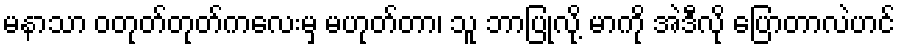
မနာသာ ဝတုတ်တုတ်ကလေးမှ မဟုတ်တာ၊ သူ ဘာပြုလို့ မာကို အဲဒီလို ပြောတာလဲဟင်